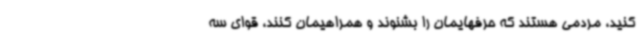
کنید، مردمی هستند که حرفهایمان را بشنوند و همراهیمان کنند، قوای سه